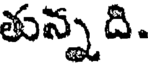
తున్నది.